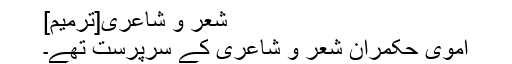
شعر و شاعری[ترمیم]
اموی حکمران شعر و شاعری کے سرپرست تھے۔